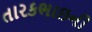
તારકભાઇની